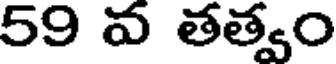
59 వ తత్వం